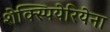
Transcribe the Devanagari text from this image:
शेक्स्पियेरियेना